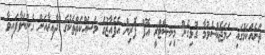
ތަނެއްކަމުގައި ހަމަޖެއްސެވުމާ ގުޅިގެން މިނިސްޓްރީ އޮފް ފޮރިން އެފެއާޒުގެ މަސައްކަތްތަކުގެ ދާއިރާއަށް ގެންނަވާފައިވާ